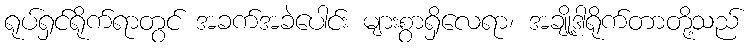
ရုပ်ရှင်ရိုက်ရာတွင် အခက်အခဲပေါင်း များစွာရှိလေရာ၊ အချို့ဒါရိုက်တာတို့သည်